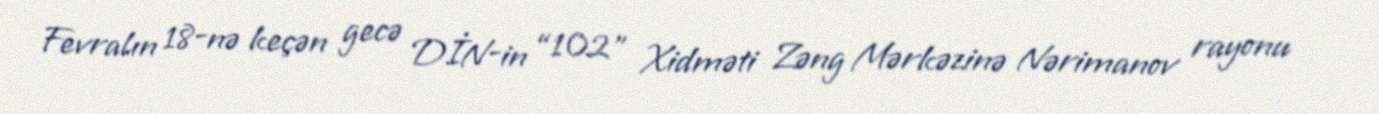
Fevralın 18-nə keçən gecə DİN-in “102” Xidməti Zəng Mərkəzinə Nərimanov rayonu